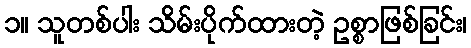
၁။ သူတစ်ပါး သိမ်းပိုက်ထားတဲ့ ဥစ္စာဖြစ်ခြင်း၊